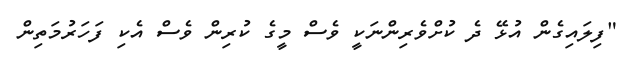
"ފިލައިގެން އުޅޭ ދެ ކުށްވެރިންނަކީ ވެސް މީގެ ކުރިން ވެސް އެކި ފަހަރުމަތިން